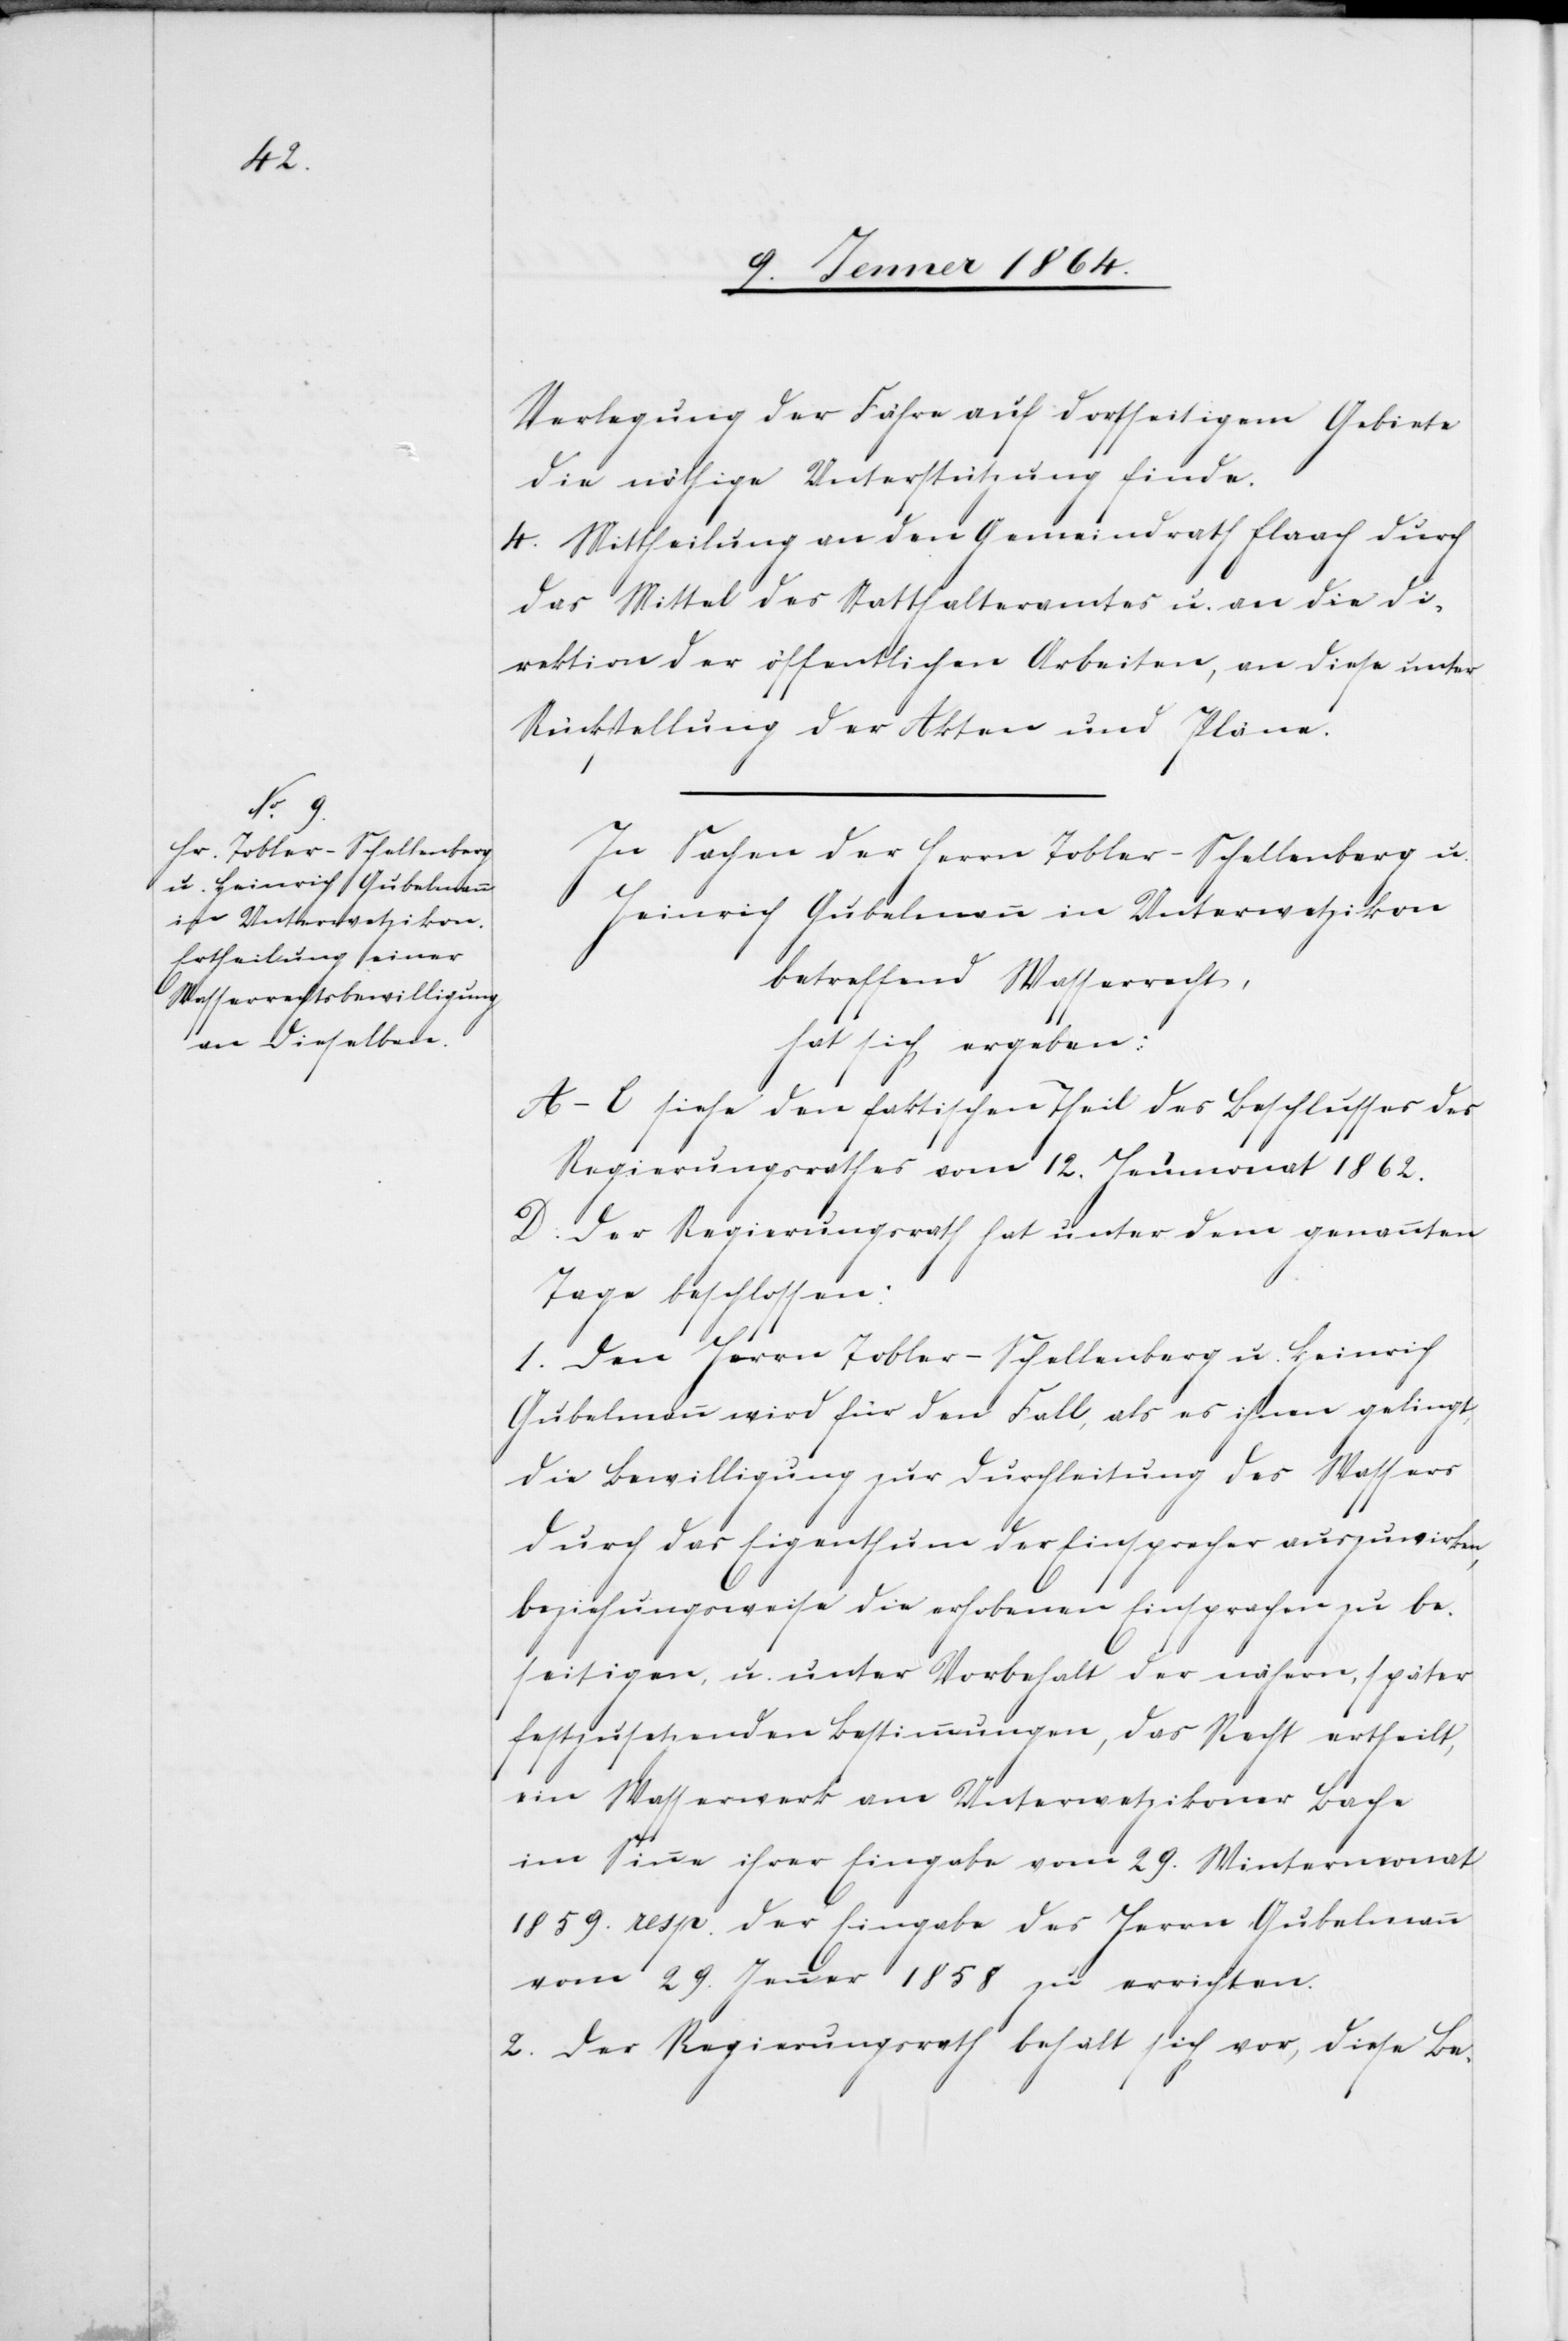
In Sachen der Herrn Tobler-Schellenberg u.
Heinrich Gubelmann in Unterwetzikon
betreffend Wasserrechts,
hat sich ergeben:
A-C siehe den faktischen Theil des Beschlusses des
Regierungsrathes vom 12. Heumonat 1862.
D. Der Regierungsrath hat unter dem genannten
Tage beschlossen:
1. Den Herrn Tobler-Schellenberg u. Heinrich
Gubelmann wird für den Fall, als es ihnen gelingt,
die Bewilligung zur Durchleitung des Wassers
durch das Eigenthum der Einsprecher auszuwirken,
beziehungsweise die erhobenen Einsprachen zu be¬
seitigen, u. unter Vorbehalt der nähern, später
festzusetzenden Bestimmungen, das Recht ertheilt,
ein Wasserwerk am Unterwetzikoner Bache
im Sinne ihrer Eingabe vom 29. Wintermonat
1859. resp. der Eingabe des Herrn Gubelmann
vom 29. Jenner 1858 zu errichten.
2. Der Regierungsrath behält sich vor, diese Be-